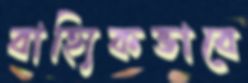
বাহ্যিকভাবে